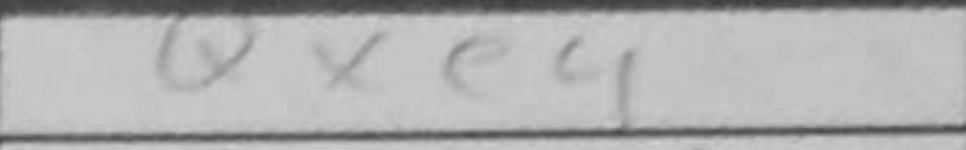
Transcription: Qxe4